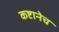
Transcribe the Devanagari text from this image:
कष्टानेच